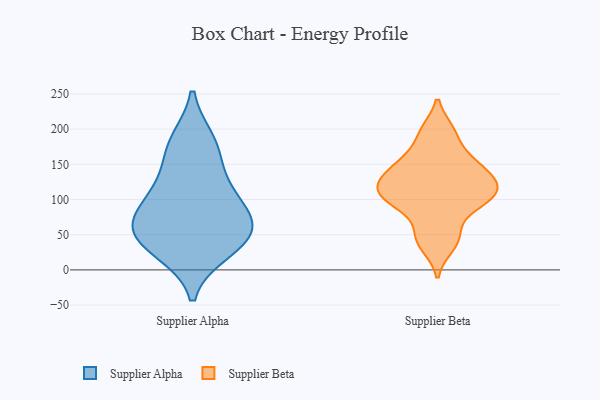
{"axis": {"x": "Headcount", "y": "Value"}, "legend": ["Supplier Alpha", "Supplier Beta"], "data": [{"x": "", "y": 55, "type": "Supplier Alpha"}, {"x": "", "y": 40, "type": "Supplier Alpha"}, {"x": "", "y": 171, "type": "Supplier Alpha"}, {"x": "", "y": 50, "type": "Supplier Alpha"}, {"x": "", "y": 182, "type": "Supplier Alpha"}, {"x": "", "y": 107, "type": "Supplier Alpha"}, {"x": "", "y": 28, "type": "Supplier Alpha"}, {"x": "", "y": 122, "type": "Supplier Alpha"}, {"x": "", "y": 79, "type": "Supplier Alpha"}, {"x": "", "y": 72, "type": "Supplier Alpha"}, {"x": "", "y": 197, "type": "Supplier Beta"}, {"x": "", "y": 94, "type": "Supplier Beta"}, {"x": "", "y": 121, "type": "Supplier Beta"}, {"x": "", "y": 90, "type": "Supplier Beta"}, {"x": "", "y": 98, "type": "Supplier Beta"}, {"x": "", "y": 34, "type": "Supplier Beta"}, {"x": "", "y": 163, "type": "Supplier Beta"}, {"x": "", "y": 46, "type": "Supplier Beta"}, {"x": "", "y": 142, "type": "Supplier Beta"}, {"x": "", "y": 196, "type": "Supplier Beta"}, {"x": "", "y": 51, "type": "Supplier Beta"}, {"x": "", "y": 116, "type": "Supplier Beta"}, {"x": "", "y": 122, "type": "Supplier Beta"}, {"x": "", "y": 145, "type": "Supplier Beta"}, {"x": "", "y": 108, "type": "Supplier Beta"}, {"x": "", "y": 154, "type": "Supplier Beta"}, {"x": "", "y": 130, "type": "Supplier Beta"}, {"x": "", "y": 106, "type": "Supplier Beta"}]}